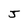
Character: J